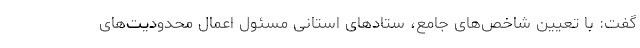
گفت: با تعیین شاخص‌های جامع، ستادهای استانی مسئول اعمال محدودیت‌های